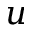
\boldsymbol { u }